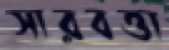
সারবত্তা